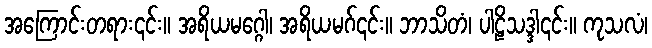
အကြောင်းတရား၎င်း။ အရိယမဂ္ဂေါ၊ အရိယမဂ်၎င်း။ ဘာသိတံ၊ ပါဠိသဒ္ဒါ၎င်း။ ကုသလံ၊